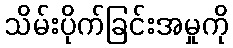
သိမ်းပိုက်ခြင်းအမှုကို